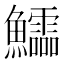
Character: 𱇉